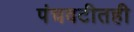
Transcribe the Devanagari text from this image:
पंचवटीतही